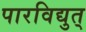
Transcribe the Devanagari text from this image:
पारविद्युत्